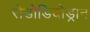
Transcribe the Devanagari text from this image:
रोडोडियोड्रान